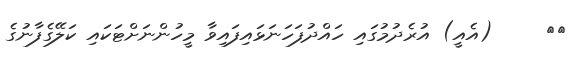
٣٤     (އެއީ) އުރެދުމުގައި ހައްދުފަހަނަޅައިފައިވާ މީހުންނަށްޓަކައި ކަލޭގެފާނުގެ